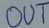
Text: OUT